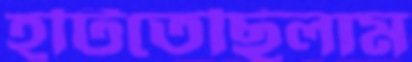
হটিতেছিলাম